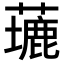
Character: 𦿖